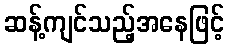
ဆန့်ကျင်သည့်အနေဖြင့်